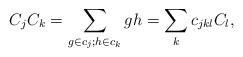
LaTeX: \begin{align*}C_j C_k = \sum\limits_{g \in c_j; h \in c_k} gh = \sum_k c_{jkl} C_l,\end{align*}